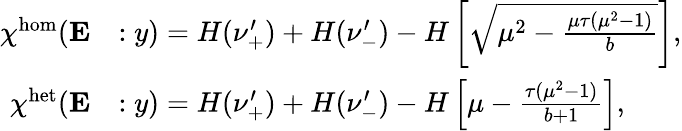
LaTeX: \begin{array}{rl}{\chi^{\mathrm{hom}}(\mathbf{E}}&{:y)=H(\nu_{+}^{\prime})+H(\nu_{-}^{\prime})-H\left[\sqrt{\mu^{2}-\frac{\mu\tau(\mu^{2}-1)}{b}}\right],}\\ {\chi^{\mathrm{het}}(\mathbf{E}}&{:y)=H(\nu_{+}^{\prime})+H(\nu_{-}^{\prime})-H\left[\mu-\frac{\tau(\mu^{2}-1)}{b+1}\right],}\end{array}